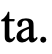
ta.